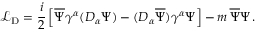
{ \mathcal L } _ { \mathrm { D } } = \frac { i } { 2 } \left[ \overline { { { \Psi } } } \gamma ^ { \alpha } ( D _ { \alpha } \Psi ) - ( D _ { \alpha } \overline { { { \Psi } } } ) \gamma ^ { \alpha } \Psi \right] - m \, \overline { { { \Psi } } } \Psi \, .